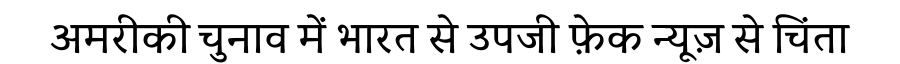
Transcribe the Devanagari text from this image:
अमरीकी चुनाव में भारत से उपजी फ़ेक न्यूज़ से चिंता